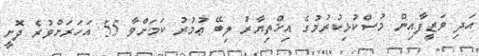
އަދި ވަޒީފާއިން މުސްކުޅިކުރުމުގެ އިޚްތިޔާރު ލިބޭ ޢުމުރު ކަމަށްވާ 55 އަހަރަށްވުރެ ދޮށީ